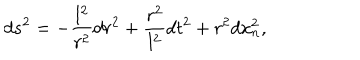
d s ^ { 2 } = - \frac { l ^ { 2 } } { r ^ { 2 } } d r ^ { 2 } + \frac { r ^ { 2 } } { l ^ { 2 } } d t ^ { 2 } + r ^ { 2 } d x _ { n } ^ { 2 } ,